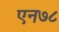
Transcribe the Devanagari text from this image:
एन७८